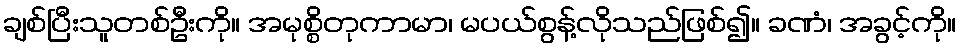
ချစ်ပြီးသူတစ်ဦးကို။ အမုစ္စိတုကာမာ၊ မပယ်စွန့်လိုသည်ဖြစ်၍။ ခဏံ၊ အခွင့်ကို။